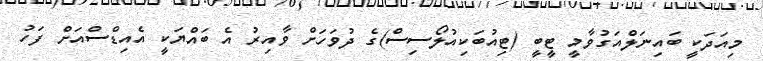
މިއަދަކީ ބައިނަލްއަގުވާމީ ޓީބީ (ޓިއުބަކިއުލޯސިސް)ގެ ދުވަހަށް ވާއިރު އެ ބައްޔަކީ އެއިޑްސްއަށް ފަހު